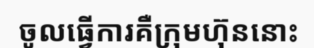
ចូលធ្វើការគឺក្រុមហ៊ុននោះ